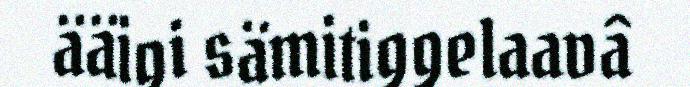
ääigi sämitiggelaavâ